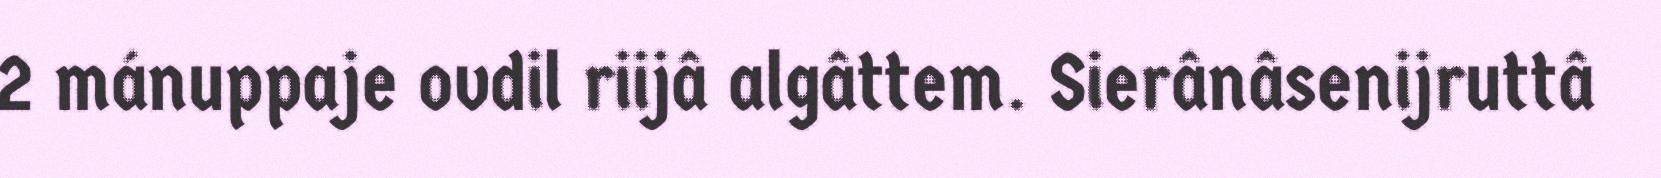
2 mánuppaje ovdil riijâ algâttem. Sierânâsenijruttâ